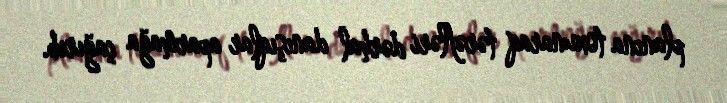
planına toxunaraq tərəfləri dərhal danışıqlar aparmağa çağırıb.